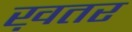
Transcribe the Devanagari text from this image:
ख़तर